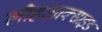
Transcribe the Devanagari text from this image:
लौहआक्साइड